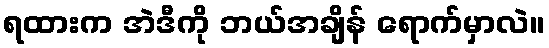
ရထားက အဲဒီကို ဘယ်အချိန် ရောက်မှာလဲ။